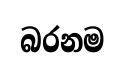
බරනම